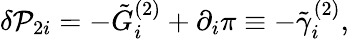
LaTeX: \delta{\cal P}_{2i}=-\tilde{G}_{i}^{(2)}+\partial_{i}\pi\equiv-\tilde{\gamma}_{i}^{(2)},